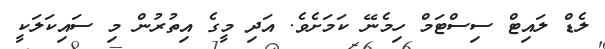
ލެޑް ލައިޓް ސިސްޓަމް ހިމެނޭ ކަމަށެވެ. އަދި މީގެ އިތުުރުން މި ސައިކަލަކީ